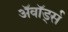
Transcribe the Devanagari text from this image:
अॅवॉर्ड्स